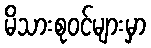
မိသားစုဝင်များမှာ